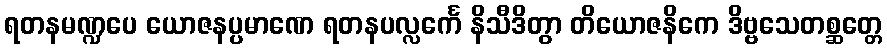
ရတနမဏ္ဍပေ ယောဇနပ္ပမာဏေ ရတနပလ္လင်္ကေ နိသီဒိတွာ တိယောဇနိကေ ဒိဗ္ဗသေတစ္ဆတ္တေ